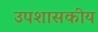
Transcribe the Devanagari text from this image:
उपशासकीय